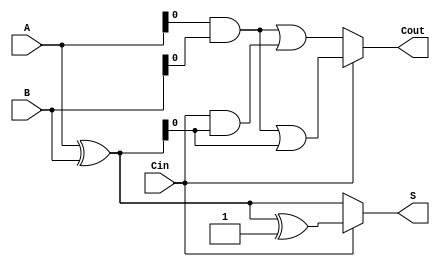
module CarrySelectAdder (
    input [3:0] A,        // First 4-bit input
    input [3:0] B,        // Second 4-bit input
    input Cin,            // Carry-in
    output [3:0] S,       // Sum output
    output Cout           // Carry-out
);

    wire [3:0] S0, S1;    // Sum outputs for Cin = 0 and Cin = 1
    wire C0, C1;          // Carry-out for Cin = 0 and Cin = 1

    // Full adder logic for Cin = 0
    assign S0 = A ^ B;         // Sum bits for carry-in 0
    assign C0 = (A & B) | (Cin & (A ^ B)); // Carry-out for carry-in 0

    // Full adder logic for Cin = 1
    assign S1 = A ^ B ^ 4'b0001;  // Sum bits for carry-in 1
    assign C1 = (A & B) | (1'b1 & (A ^ B)); // Carry-out for carry-in 1

    // Multiplexer to select the correct sum and carry-out based on Cin
    assign S = (Cin == 1'b0) ? S0 : S1;
    assign Cout = (Cin == 1'b0) ? C0 : C1;

endmodule